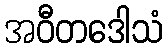
အဝီတဒေါသံ